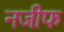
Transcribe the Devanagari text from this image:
नजीफ